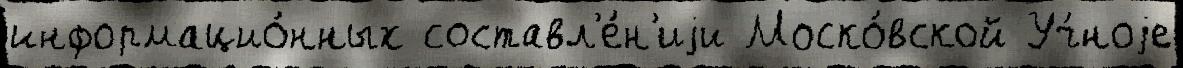
информацио́нных составл'е́н'иjи Моско́вской Уч́ноjе